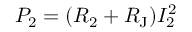
P _ { 2 } = ( R _ { 2 } + R _ { \mathrm { J } } ) I _ { 2 } ^ { 2 }